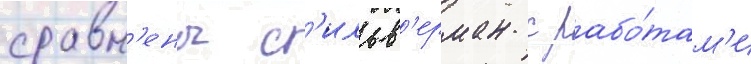
сравн'ены с'ильв'ерман с рабо́там'и